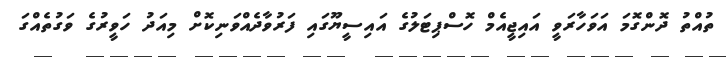
ތުއްތު ދޮންގޮމަ އަވަހާރަވީ އައިޖީއެމް ހޮސްޕިޓަލުގެ އައިސީޔޫގައި ފަރުވާދެއްވަނިކޮށް މިއަދު ހަވީރުގެ ވަގުތެއްގަ